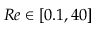
R e \in [ 0 . 1 , 4 0 ]